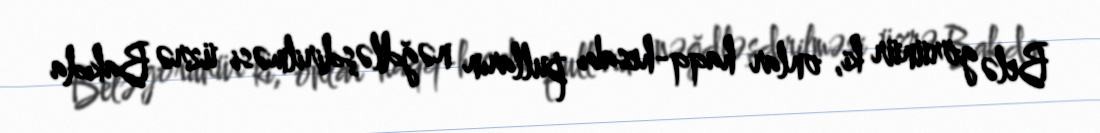
Belə görünür ki, onlar haqq-hesabı pulların nəğdləşdirilməsi üzrə Bakıda